Source: Handwritten
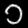
Digit: ၁ (1)